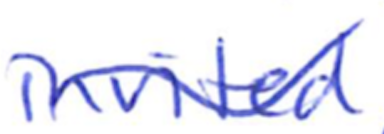
Text: invited
Cross-out: wave
Writing tool: ballpoint